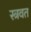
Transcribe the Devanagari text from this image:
स्त्रवत